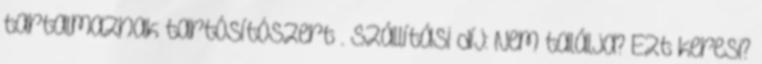
tartalmaznak tartósítószert . szállítási díj: Nem találja? Ezt keresi?